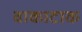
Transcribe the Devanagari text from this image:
वाकाटाक